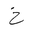
Letter: _kha